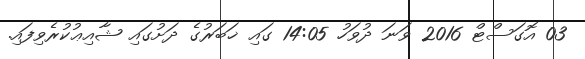
03 އޮގަސްޓް 2016 ވަނަ ދުވަހު 14:05 ގައި ޚަބަރުގެ ދަށުގައި ޝާއިޢުކުރެވިފައި.